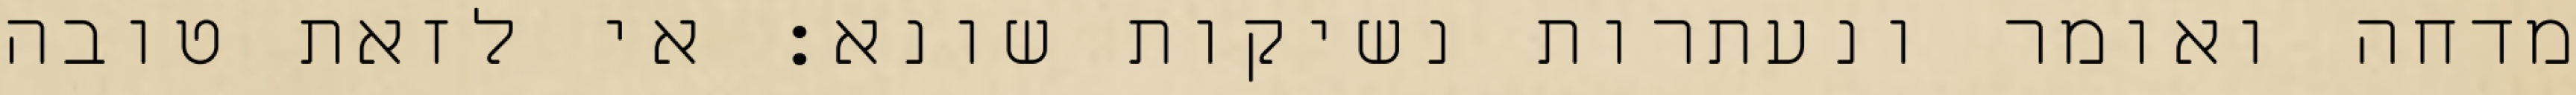
מדחה ואומר ונעתרות נשיקות שונא: אי לזאת טובה